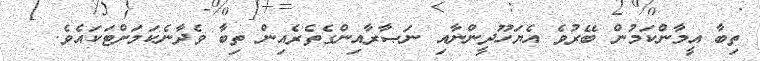
ތިބާ އީމާންކަމުން ބޭރުވެ އެޔަހޫދީންނާއި ނަޞާރާއިންގެތެރެއިން ތިބާ ވެދާނެކަމަށްޓަކައެވެ.